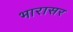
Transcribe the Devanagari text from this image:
भारासर